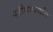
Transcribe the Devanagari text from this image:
परीघापर्यंत